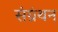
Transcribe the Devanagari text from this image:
संग्रंथन